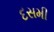
દસમી